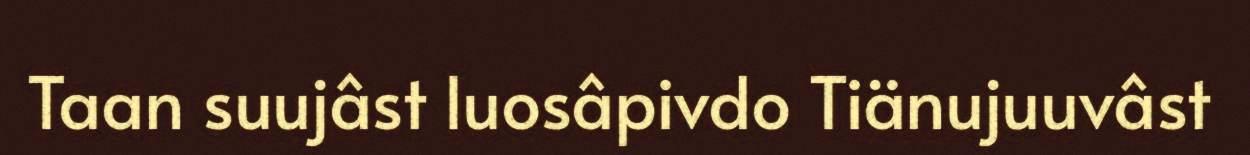
Taan suujâst luosâpivdo Tiänujuuvâst